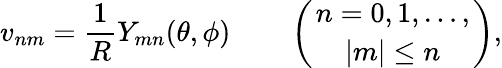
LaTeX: v_{nm}=\frac{1}{R}Y_{mn}(\theta,\phi)\qquad\left({n=0,1,\ldots,\atop|m|\leq n}\right),